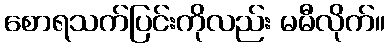
စောရသက်ပြင်းကိုလည်း မမီလိုက်။